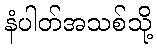
နံပါတ်အသစ်သို့